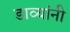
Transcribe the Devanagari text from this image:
डाव्यांनी